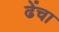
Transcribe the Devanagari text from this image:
ढेंचा